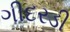
ગીદરડી